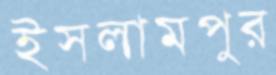
ইসলামপুর